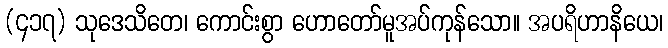
(၄၁၇) သုဒေသိတေ၊ ကောင်းစွာ ဟောတော်မူအပ်ကုန်သော။ အပရိဟာနိယေ၊